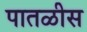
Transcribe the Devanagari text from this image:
पातळीस